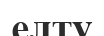
елту